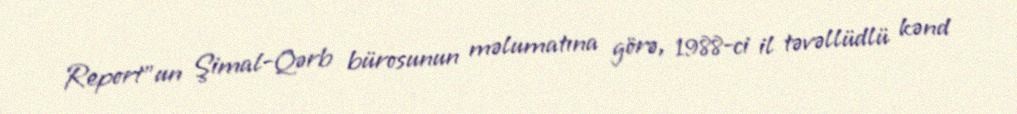
Report”un Şimal-Qərb bürosunun məlumatına görə, 1988-ci il təvəllüdlü kənd